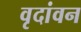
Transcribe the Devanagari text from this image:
वृदांवन